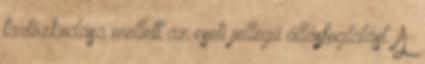
tartózkodása mellett az eseti jellegű állásfoglalást. A